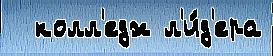
  колл'едж л'и́д'ера